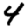
Digit: 4